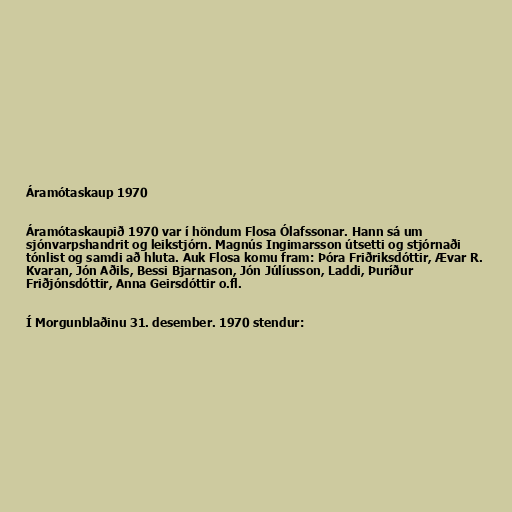
Áramótaskaup 1970

Áramótaskaupið 1970 var í höndum Flosa Ólafssonar. Hann sá um
sjónvarpshandrit og leikstjórn. Magnús Ingimarsson útsetti og stjórnaði
tónlist og samdi að hluta. Auk Flosa komu fram: Þóra Friðriksdóttir, Ævar R.
Kvaran, Jón Aðils, Bessi Bjarnason, Jón Júlíusson, Laddi, Þuríður
Friðjónsdóttir, Anna Geirsdóttir o.fl.

Í Morgunblaðinu 31. desember. 1970 stendur: